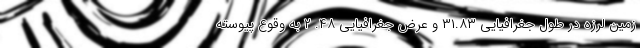
زمین لرزه در طول جغرافیایی ۳۱.۸۳ و عرض جغرافیایی ۴۸. ۲ به وقوع پیوسته